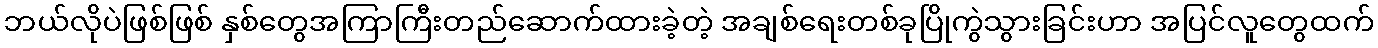
ဘယ်လိုပဲဖြစ်ဖြစ် နှစ်တွေအကြာကြီးတည်ဆောက်ထားခဲ့တဲ့ အချစ်ရေးတစ်ခုပြိုကွဲသွားခြင်းဟာ အပြင်လူတွေထက်